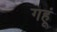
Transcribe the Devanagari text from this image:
गहूं